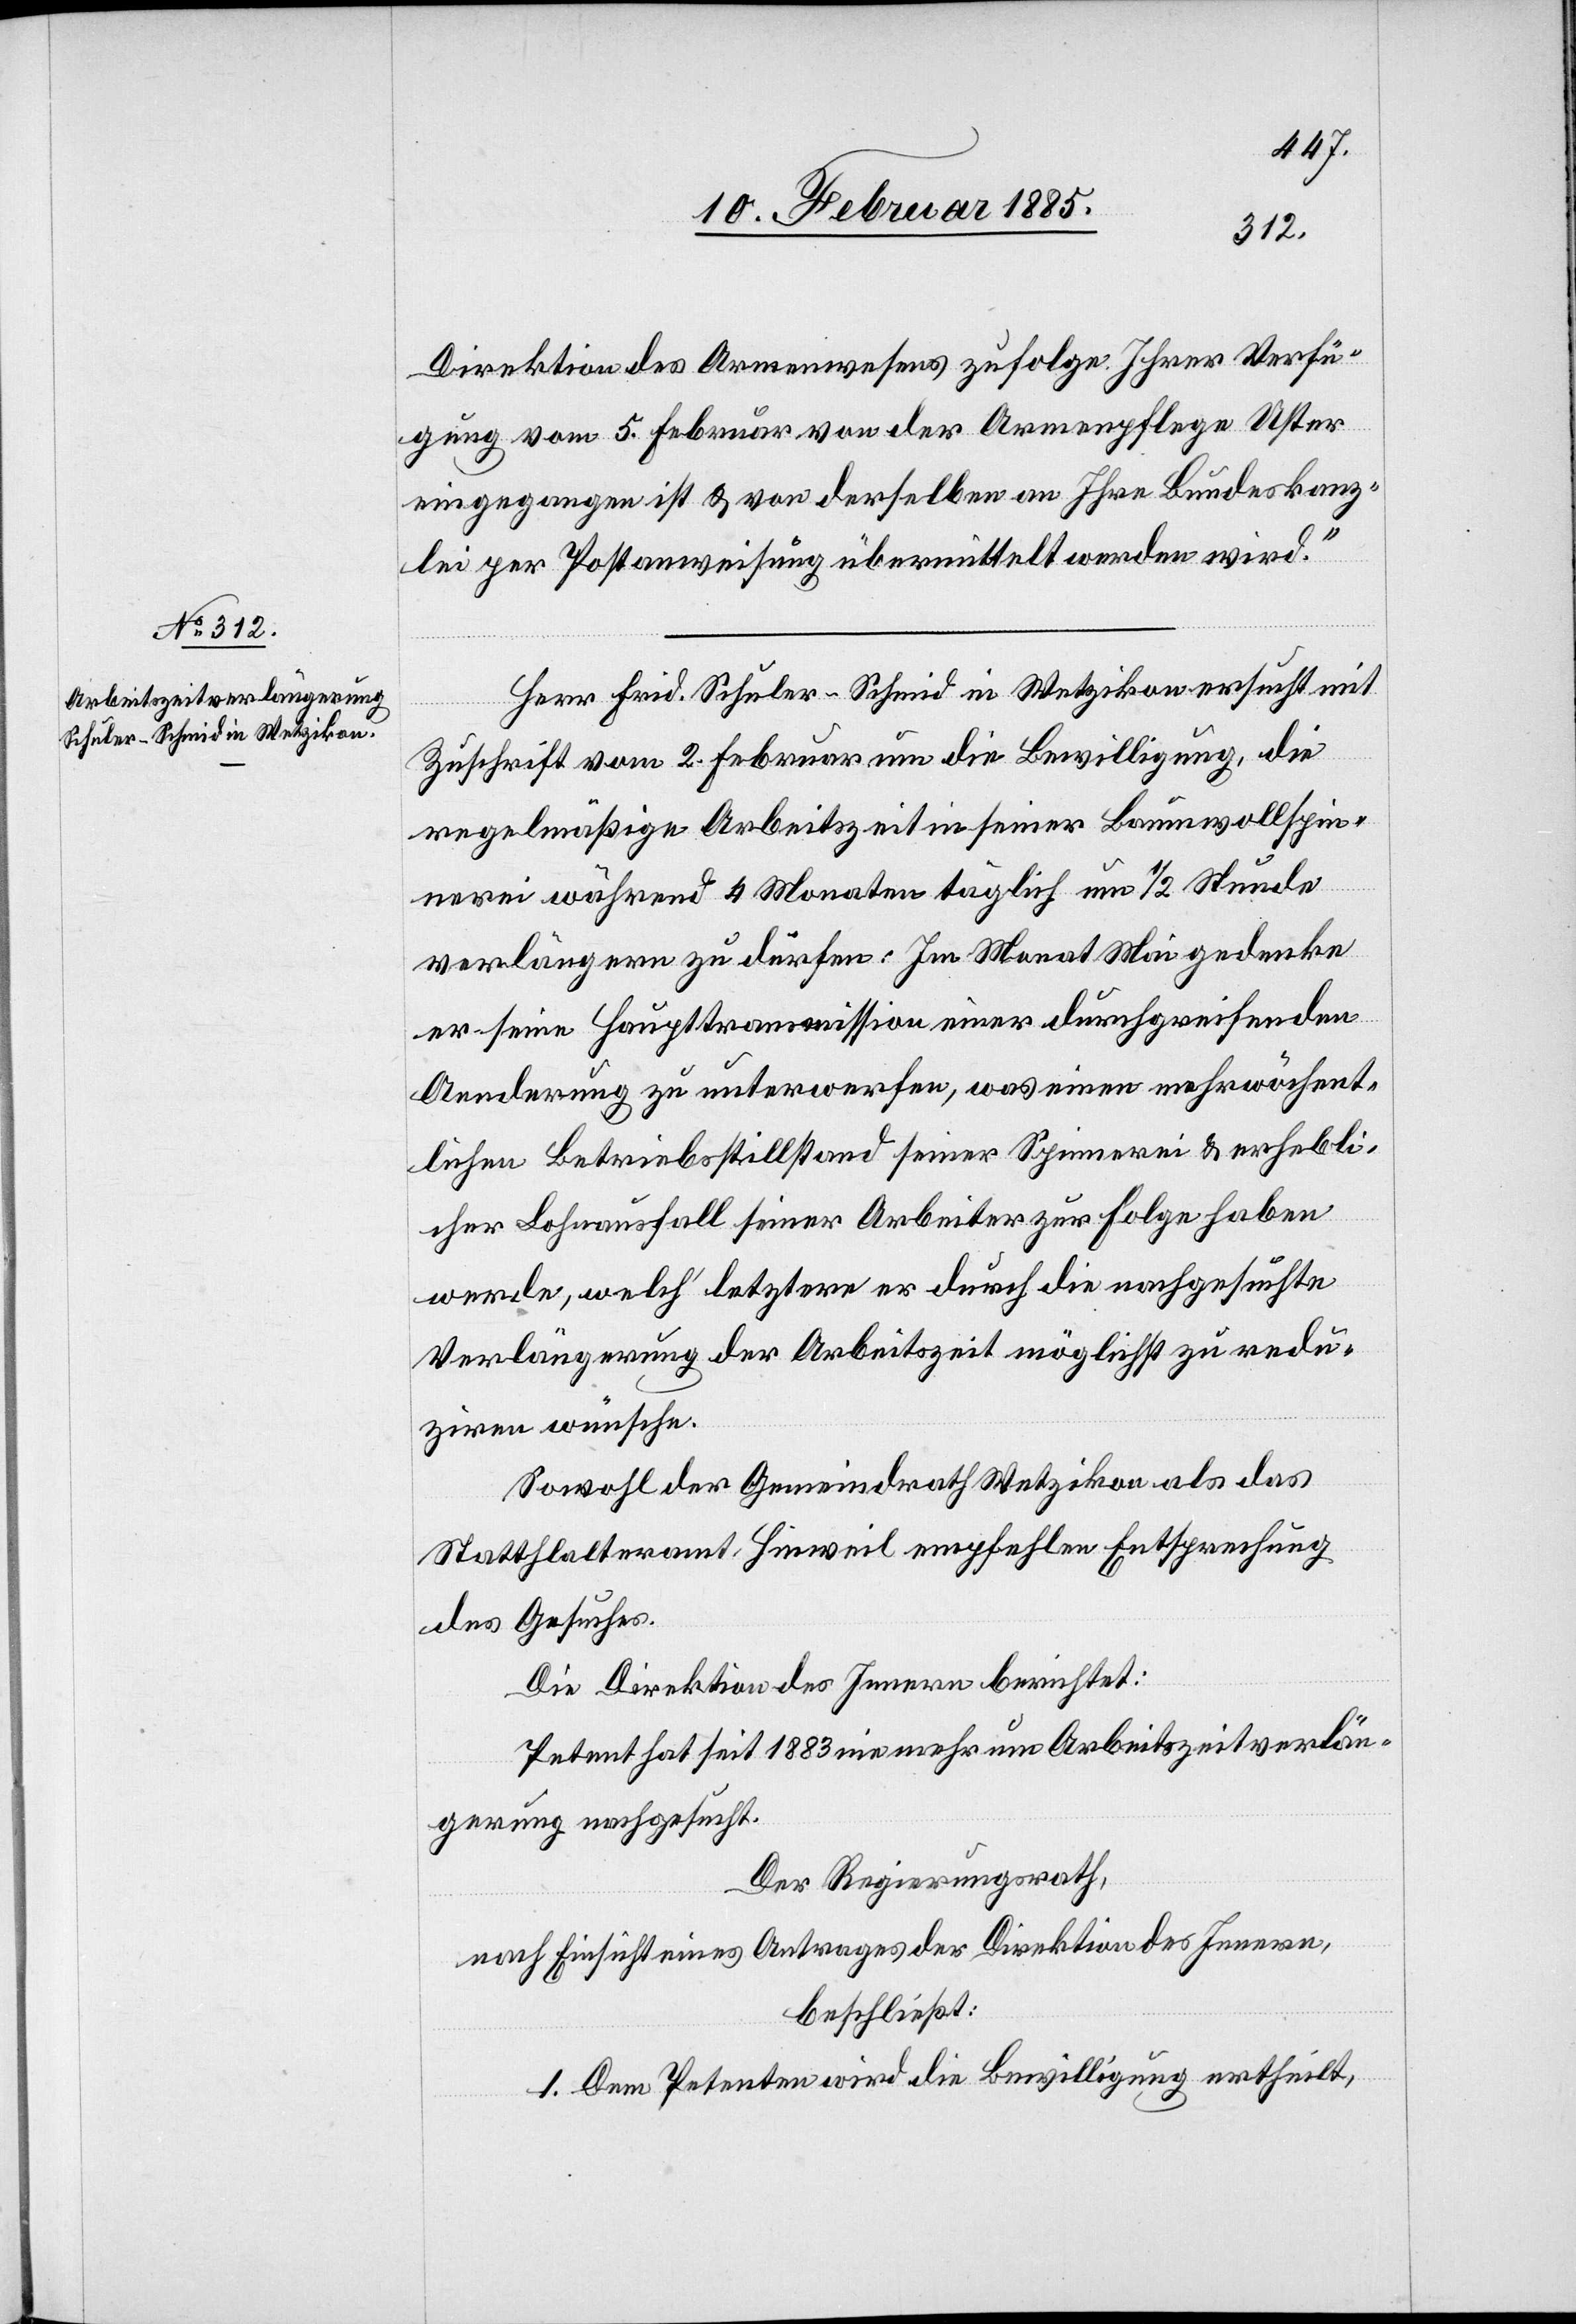
Direktion des Armenwesens zufolge Ihrer Verfü¬
gung vom 5. Februar von der Armenpflege Uster
eingegangen ist & von derselben an Ihre Bundeskanz¬
lei per Postanweisung übermittelt werden wird.“
Herr Fried. Schuler-Schmid in Wetzikon ersucht mit
Zuschrift vom 2. Februar um die Bewilligung, die
regelmäßige Arbeitszeit in seiner Baumwollspin¬
nerei während 4 Monaten täglich um 1/2 Stunde
verlängern zu dürfen. Im Monat Mai gedenke
er seine Haupttransmission einer durchgreifenden
Aenderung zu unterwerfen, was einen mehrwöchent¬
lichen Betriebsstillstand seiner Spinnerei & erhebli¬
cher Lohnausfall seiner Arbeiter zur Folge haben
werde, welch’ letztere er durch die nachgesuchte
Verlängerung der Arbeitszeit möglichst zu redu¬
ziren wünsche.
Sowohl der Gemeindrath Wetzikon als das
Statthalteramt Hinweil empfehlen Entsprechung
des Gesuches.
Die Direktion des Innern berichtet:
Petent hat seit 1883 nie mehr um Arbeitszeitverlän¬
gerung nachgesucht.
Der Regierungsrath,
nach Einsicht eines Antrages der Direktion des Innern,
beschließt:
1. Dem Petenten wird die Bewilligung ertheilt,